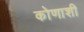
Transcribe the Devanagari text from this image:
कोणाशी